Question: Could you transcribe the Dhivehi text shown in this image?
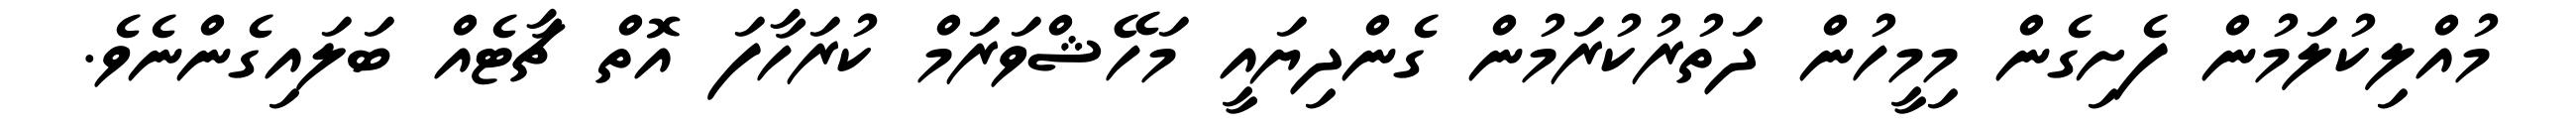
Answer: މުއްލިކުލަމުން ފެށިގެން މިމީހުން ދަތުރުކުރަމުން ގެންދިޔައީ މަހޭޝްވަރަމް ކުރަހާފަ އޮތް ޗާޓެއް ބަލައިގެންނެވެ.